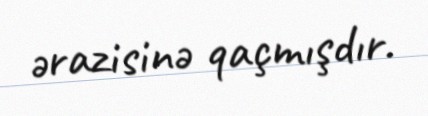
ərazisinə qaçmışdır.